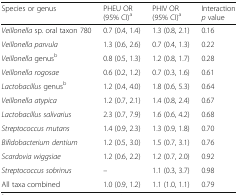
<table><thead><tr><td><b>Species or genus</b></td><td><b>PHEU OR (95% CI)<sup>a</sup></b></td><td><b>PHIV OR (95% CI)<sup>a</sup></b></td><td><b>Interaction <i>p</i> value</b></td></tr></thead><tbody><tr><td><i>Veillonella</i> sp. oral taxon 780</td><td>0.7 (0.4, 1.4)</td><td>1.3 (0.8, 2.1)</td><td>0.16</td></tr><tr><td><i>Veillonella parvula</i></td><td>1.3 (0.6, 2.6)</td><td>0.7 (0.4, 1.3)</td><td>0.22</td></tr><tr><td><i>Veillonella</i> genus<sup>b</sup></td><td>0.8 (0.5, 1.3)</td><td>1.2 (0.8, 1.7)</td><td>0.28</td></tr><tr><td><i>Veillonella rogosae</i></td><td>0.6 (0.2, 1.2)</td><td>0.7 (0.3, 1.6)</td><td>0.61</td></tr><tr><td><i>Lactobacillus</i> genus<sup>b</sup></td><td>1.2 (0.4, 4.0)</td><td>1.8 (0.6, 5.3)</td><td>0.64</td></tr><tr><td><i>Veillonella atypica</i></td><td>1.2 (0.7, 2.1)</td><td>1.4 (0.8, 2.4)</td><td>0.67</td></tr><tr><td><i>Lactobacillus salivarius</i></td><td>2.3 (0.7, 7.9)</td><td>1.6 (0.6, 4.2)</td><td>0.68</td></tr><tr><td><i>Streptococcus mutans</i></td><td>1.4 (0.9, 2.3)</td><td>1.3 (0.9, 1.8)</td><td>0.70</td></tr><tr><td><i>Bifidobacterium dentium</i></td><td>1.2 (0.5, 3.0)</td><td>1.5 (0.7, 3.1)</td><td>0.76</td></tr><tr><td><i>Scardovia wiggsiae</i></td><td>1.2 (0.6, 2.2)</td><td>1.2 (0.7, 2.0)</td><td>0.92</td></tr><tr><td><i>Streptococcus sobrinus</i></td><td>–</td><td>1.1 (0.3, 3.7)</td><td>0.98</td></tr><tr><td>All taxa combined</td><td>1.0 (0.9, 1.2)</td><td>1.1 (1.0, 1.1)</td><td>0.79</td></tr></tbody></table>